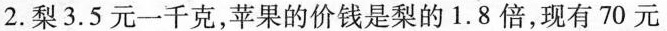
2. 梨3.5元一千克，苹果的价钱是梨的1.8倍，现有70元